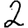
Digit: 2